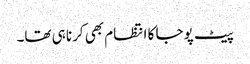
پیٹ پوجا کا انتظام بھی کرنا ہی تھا۔